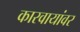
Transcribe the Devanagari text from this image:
कारवायांवर